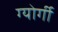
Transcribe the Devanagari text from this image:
ग्योर्गी